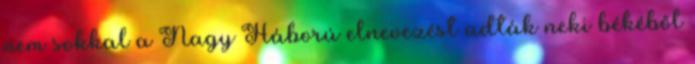
nem sokkal a Nagy Háború elnevezést adták neki békéből